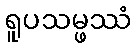
ရူပသမ္ဖဿံ